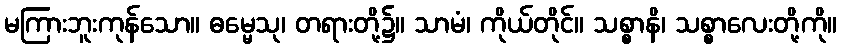
မကြားဘူးကုန်သော။ ဓမ္မေသု၊ တရားတို့၌။ သာမံ၊ ကိုယ်တိုင်။ သစ္စာနိ၊ သစ္စာလေးတို့ကို။